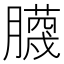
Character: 𮍆